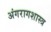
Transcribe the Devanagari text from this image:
अंगरागशास्त्र